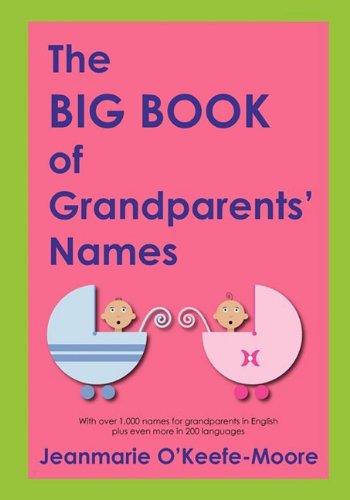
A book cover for The Big Book of Grandparents' Names; Jeanmarie O'Keefe Moore; Parenting & Relationships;